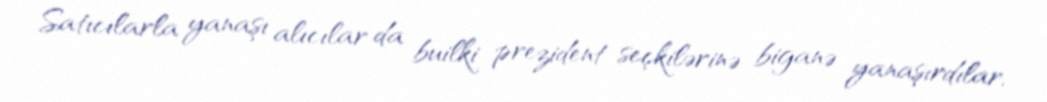
Satıcılarla yanaşı alıcılar da builki prezident seçkilərinə biganə yanaşırdılar.